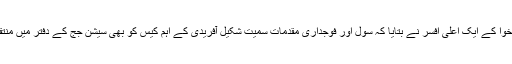
ضلع خیبر پختونخوا کے ایک اعلیٰ افسر نے بتایا کہ سول اور فوجداری مقدمات سمیت شکیل آفریدی کے اہم کیس کو بھی سیشن جج کے دفتر میں منتقل کردیا گیا ہے۔